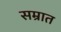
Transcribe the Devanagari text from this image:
सम्रात